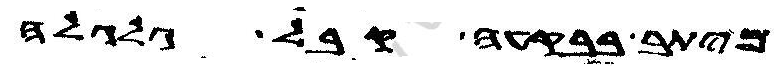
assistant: מיתב בבקעה קבל גלגלה